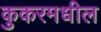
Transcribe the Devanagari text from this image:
कुकरमधील